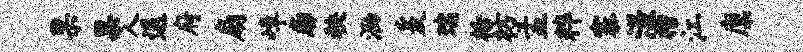
果果人退府扇嶂廓秧泐爰瑞栝枋孟粹寨漾榴江廪